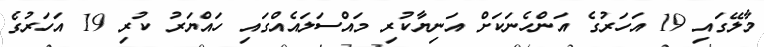
މާލޭގައި 19 އަހަރުގެ އަންހެނަކަށް އަނިޔާކުރި މައްސަލައެއްގައި ހައްޔަރު ކުރި 19 އަހަރުގެ